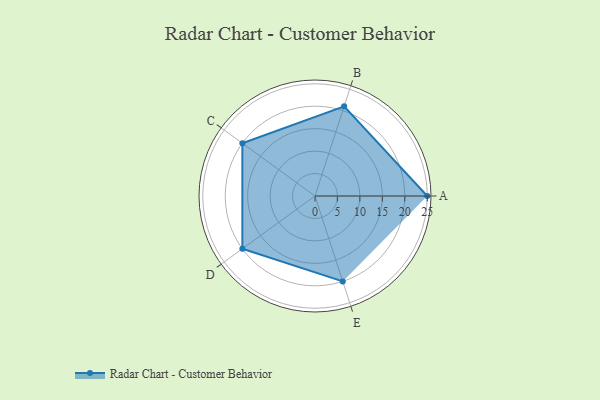
{"axis": {"x": "Skill", "y": "Score"}, "legend": ["Profile"], "data": [{"x": "A", "y": 25.0, "type": "Profile"}, {"x": "B", "y": 21.0, "type": "Profile"}, {"x": "C", "y": 20, "type": "Profile"}, {"x": "D", "y": 20, "type": "Profile"}, {"x": "E", "y": 20, "type": "Profile"}]}